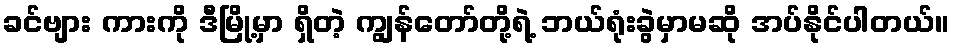
ခင်ဗျား ကားကို ဒီမြို့မှာ ရှိတဲ့ ကျွန်တော်တို့ရဲ့ ဘယ်ရုံးခွဲမှာမဆို အပ်နိုင်ပါတယ်။